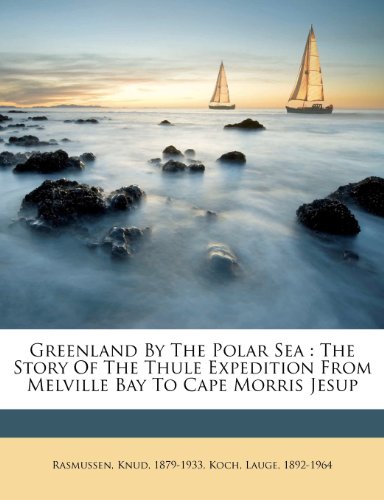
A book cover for Greenland By The Polar Sea: The Story Of The Thule Expedition From Melville Bay To Cape Morris Jesup; Rasmussen Knud 1879-1933; History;